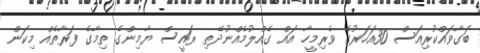
ބަގާވައްކުރިއަސް 30އަހަރުގެ ވެރިމީހާ އައް ގެއްލުމެއްނުދޭތި ރައީސް ޔާމިންގެ ތިމާގެ ފަރާތެއް މިކަން